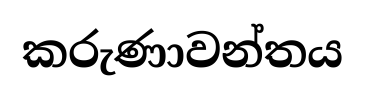
කරුණාවන්තය